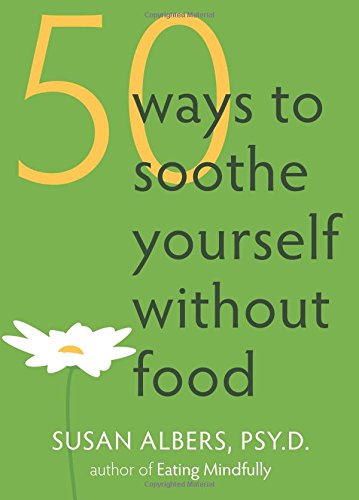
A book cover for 50 Ways to Soothe Yourself Without Food; Susan Albers; Self-Help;